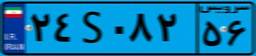
۲۴S۰۸۲۵۶